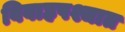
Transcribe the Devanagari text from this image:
विवाहपश्चात